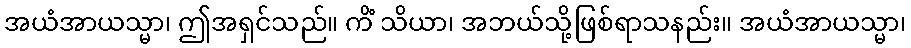
အယံအာယသ္မာ၊ ဤအရှင်သည်။ ကိံ သိယာ၊ အဘယ်သို့ဖြစ်ရာသနည်း။ အယံအာယသ္မာ၊